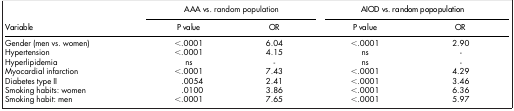
<table><thead><tr><td><b> </b></td><td colspan="2"><b>AAA vs<i>.</i> random population</b></td><td colspan="2"><b>AIOD vs. random popopulation</b></td></tr><tr><td><b>Variable</b></td><td><b>P value</b></td><td><b>OR</b></td><td><b>P value</b></td><td><b>OR</b></td></tr></thead><tbody><tr><td>Gender (men vs. women)</td><td>&lt;.0001</td><td>6.04</td><td>&lt;.0001</td><td>2.90</td></tr><tr><td>Hypertension</td><td>&lt;.0001</td><td>4.15</td><td>ns</td><td>-</td></tr><tr><td>Hyperlipidemia</td><td>ns</td><td>-</td><td>ns</td><td>-</td></tr><tr><td>Myocardial infarction</td><td>&lt;.0001</td><td>7.43</td><td>&lt;.0001</td><td>4.29</td></tr><tr><td>Diabetes type II</td><td>.0054</td><td>2.41</td><td>&lt;.0001</td><td>3.46</td></tr><tr><td>Smoking habits: women</td><td>.0100</td><td>3.86</td><td>&lt;.0001</td><td>6.36</td></tr><tr><td>Smoking habit: men</td><td>&lt;.0001</td><td>7.65</td><td>&lt;.0001</td><td>5.97</td></tr></tbody></table>